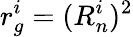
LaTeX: r_{g}^{i}=(R_{n}^{i})^{2}